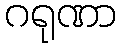
ဂရုဏာ